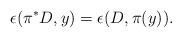
\begin{align*}\epsilon(\pi^*D,y)=\epsilon(D,\pi(y)).\end{align*}